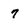
Character: 7